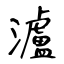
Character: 瀘